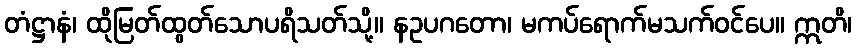
တံဋ္ဌာနံ၊ ထိုမြတ်ထွတ်သောပရိသတ်သို့။ နဥပဂတော၊ မကပ်ရောက်မသက်ဝင်ပေ။ ဣတိ၊